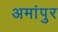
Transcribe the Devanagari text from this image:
अमांपुर